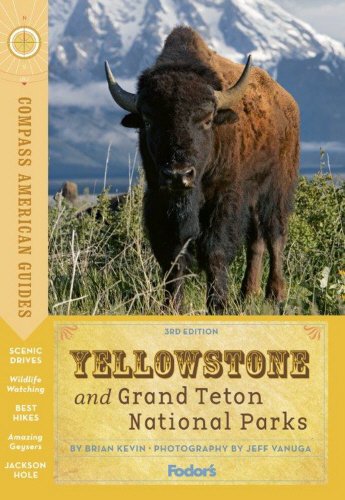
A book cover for Compass American Guides: Yellowstone and Grand Teton National Parks (Full-color Travel Guide); Fodor's; Travel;